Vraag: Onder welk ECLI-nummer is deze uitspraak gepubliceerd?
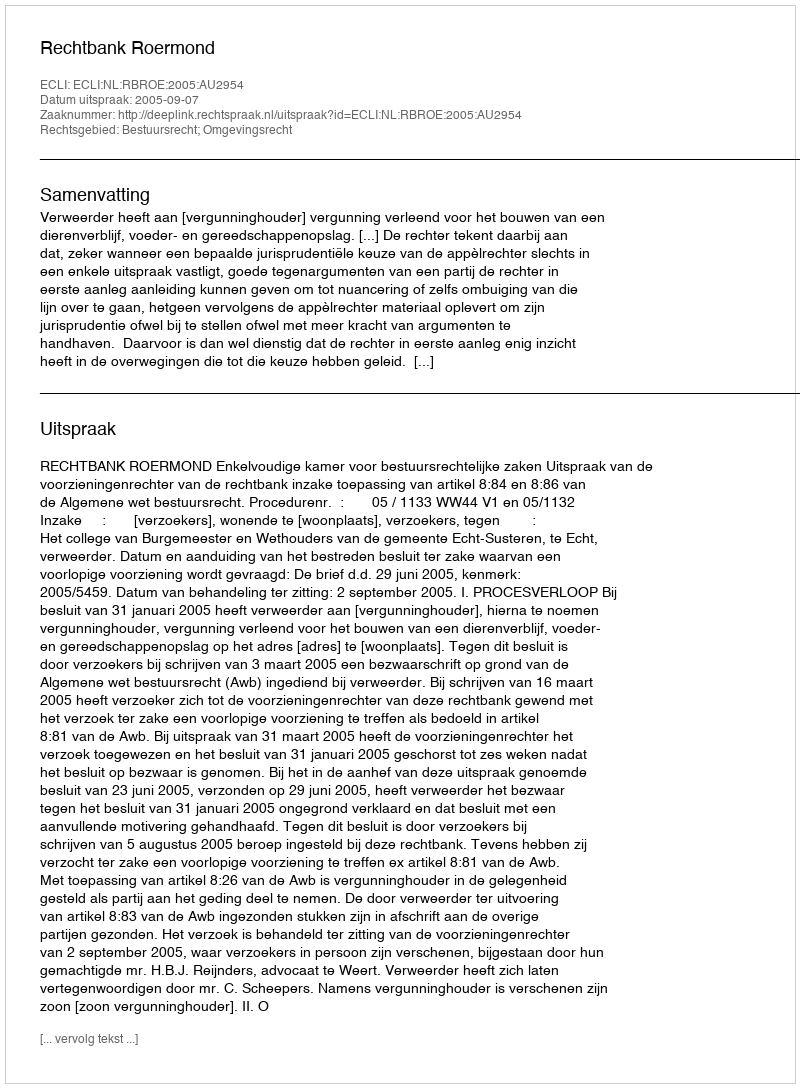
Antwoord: ECLI:NL:RBROE:2005:AU2954